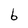
Character: b